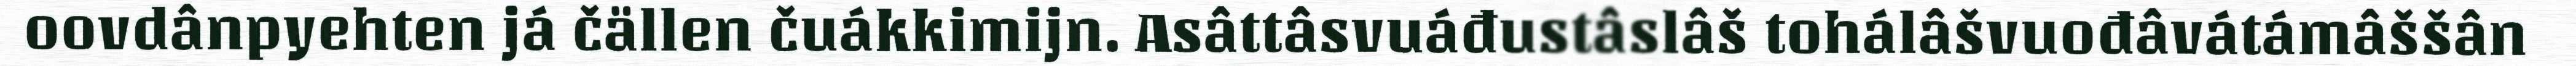
oovdânpyehten já čällen čuákkimijn. Asâttâsvuáđustâslâš tohálâšvuođâvátámâššân